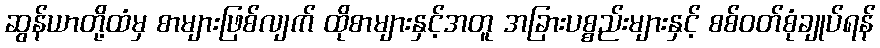
ဆွန်ယာတို့ထံမှ စာများဖြစ်လျက် ထိုစာများနှင့်အတူ အခြားပစ္စည်းများနှင့် စစ်ဝတ်စုံချုပ်ရန်